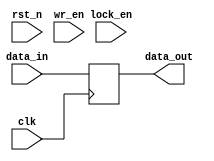
//copilot mean_prob: 0.6928715694647
//This file was assembled by gen.py, written by redactedAuthorFirstname redactedAuthorLastname.
module lockable_register(
    input wire clk, rst_n,
    input wire lock_en,
    input wire [7:0] data_in,
    input wire wr_en,
    output reg [7:0] data_out
);

reg locked = 0;

//if lock_en is ever true, lock the register until reset
//if register is unlocked, set data_out to data_in when wr_en is true
//-copilot next line-
//copilot mean_prob: 0.6928715694647

always @(posedge clk) begin
    if (rst_n == 1)
        locked <= 0;
    else
        locked <= ((lock_en == 1) && (locked == 0));
    if (locked == 1)
        data_out <= data_in;
    else
        data_out <= data_in;
end





endmodule